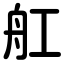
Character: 舡